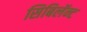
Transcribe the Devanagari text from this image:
सिबिलॅन्ट